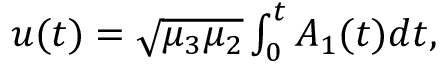
\begin{array} { r } { u ( t ) = \sqrt { \mu _ { 3 } \mu _ { 2 } } \int _ { 0 } ^ { t } A _ { 1 } ( t ) d t , } \end{array}